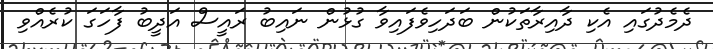
ދެމެދުގައި އެކި ދާއިރާތަކުން ބަދަހިވެފައިވާ ގުޅުން ނައިބު ރައީސް އަދީބު ފާހަގަ ކުރެއްވި